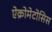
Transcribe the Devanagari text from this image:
ऐक्रोमेटोसिस